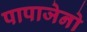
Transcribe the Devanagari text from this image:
पापाजेनो